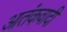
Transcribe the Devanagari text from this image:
आतंंकवादी